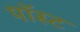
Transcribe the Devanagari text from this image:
पॉस्ट